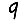
Digit: 9